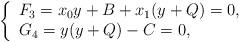
LaTeX: \begin{align*}\left\lbrace\begin{array}{l}F_3 = x_0y+B+x_1(y+Q) = 0,\\ G_4 = y(y+Q) -C= 0,\end{array}\right. \end{align*}